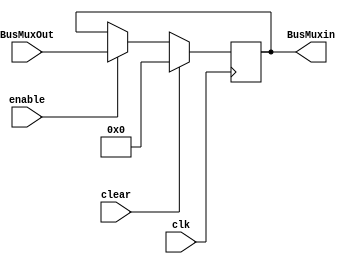
module REG_64(
    input wire clk, 
	 input wire clear,
	 input wire enable,
    input wire [63:0] BusMuxOut,
    output wire [63:0] BusMuxin
);
    reg [63:0] Q;
    
    always @(posedge clk)
        begin
          if (clear)
            Q <= 63'b0;
          else if (enable)
            Q <= BusMuxOut;
        end
    assign BusMuxin = Q;
endmodule